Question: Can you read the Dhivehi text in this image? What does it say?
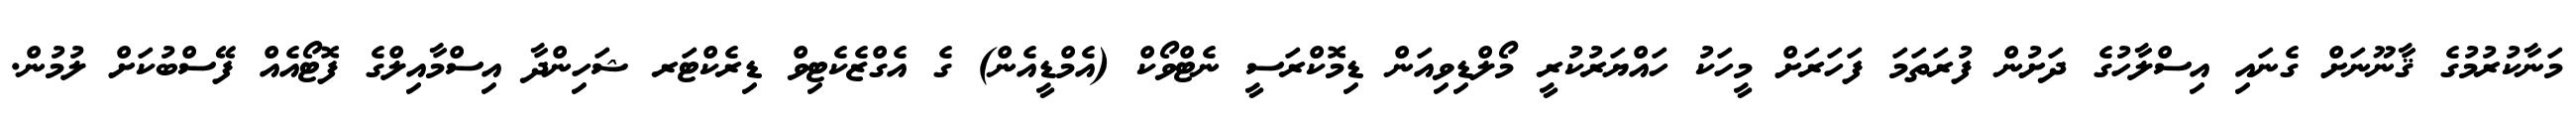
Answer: މަނާކުރުމުގެ ޤާނޫނަށް ގެނައި އިސްލާހުގެ ދަށުން ފުރަތަމަ ފަހަރަށް މީހަކު ހައްޔަރުކުރީ މޯލްޑިވިއަން ޑިމޮކްރަސީ ނެޓްވޯކް (އެމްޑީއެން) ގެ އެގްޒެކެޓިވް ޑިރެކްޓަރ ޝަހިންދާ އިސްމާއިލްގެ ފޮޓޯއެއް ފޭސްބުކަށް ލުމުން.